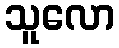
သူလော